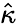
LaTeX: \hat{\kappa}